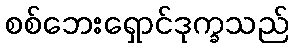
စစ်ဘေးရှောင်ဒုက္ခသည်